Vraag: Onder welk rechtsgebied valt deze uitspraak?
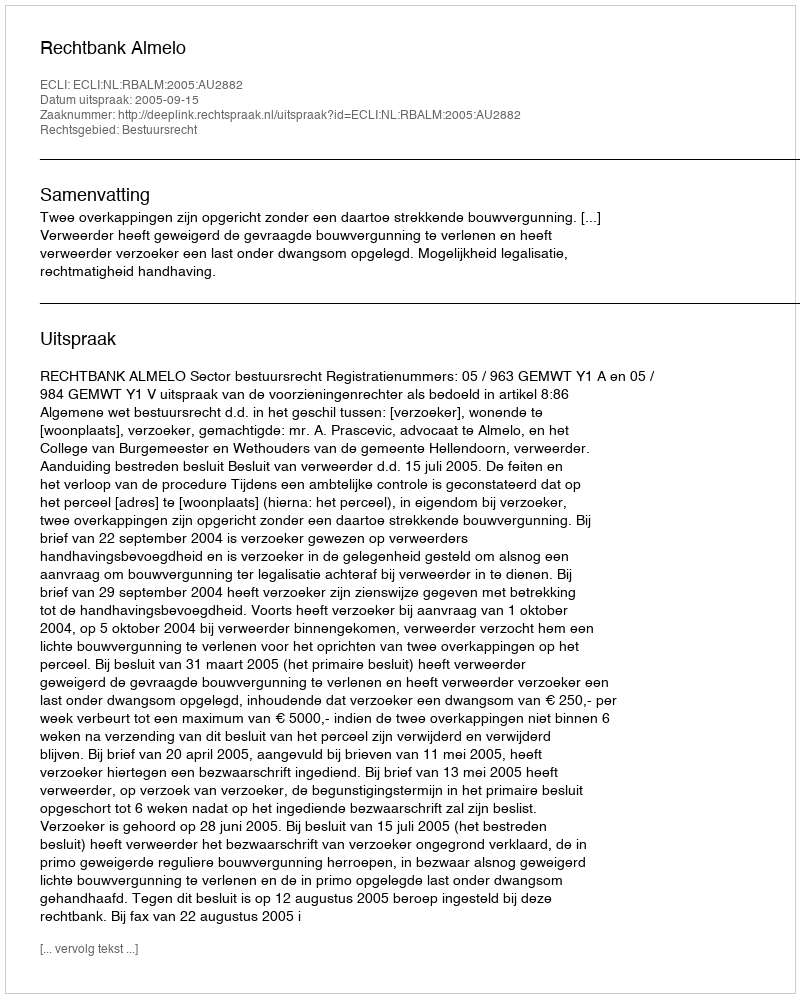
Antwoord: Bestuursrecht